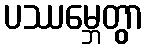
ပဿမ္ဘေတွာ